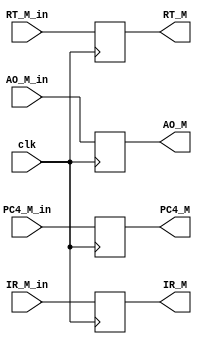
module EX_MEM(clk,IR_M_in,PC4_M_in,AO_M_in,RT_M_in//input
                 ,IR_M,PC4_M,AO_M,RT_M);//output
   parameter WIDTH=32;
   input clk;
   input [WIDTH-1:0]IR_M_in,PC4_M_in,AO_M_in,RT_M_in;
   output reg [WIDTH-1:0]IR_M,PC4_M,AO_M,RT_M;
  
  always@(posedge clk)
  begin
    IR_M<=IR_M_in;
    PC4_M<=PC4_M_in;
    AO_M<=AO_M_in;
    RT_M<=RT_M_in;
  end
endmodule